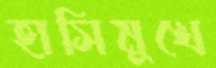
হাসিমুখে